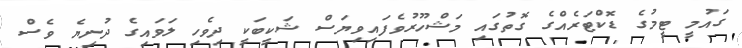
ގައުމީ ޓީމުގެ ޑޮކްޓަރެއްގެ ގޮތުގައި މަޝްހޫރުވެފައިވިޔަސް ޝަކީބަކީ ދިވެހި ލަވައިގެ ދުނިޔެ ވެސް